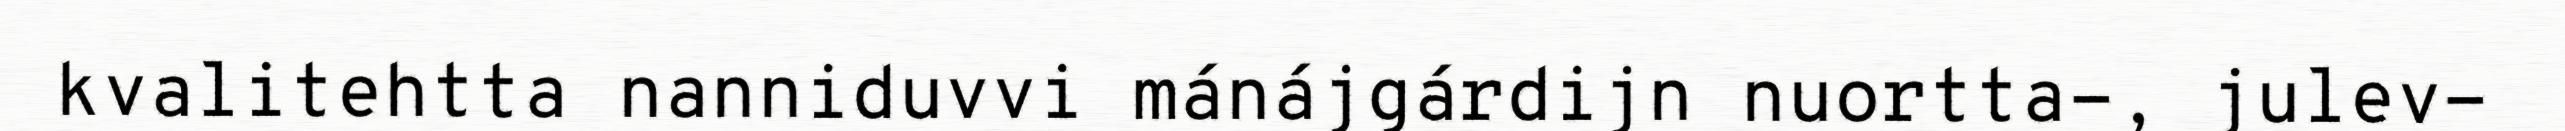
kvalitehtta nanniduvvi mánájgárdijn nuortta-, julev-